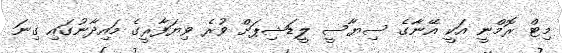
މިޓް ރޮމްނީ އަކީ އޭނާގެ ސިޔާސީ ލީޑަޝިޕަށް ވުރެ ވިޔަފާރީގެ މައިދާނުގައި ގިނަ